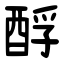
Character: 酻